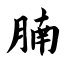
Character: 腩